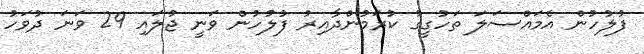
ފުލުހުން އެމައްސަލަ ތަހުގީގު ކުރަމުންދާއިރު ފުލުހުން ވަނީ ޖުލައި 29 ވަނަ ދުވަހު